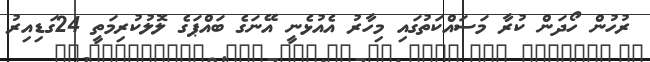
ރުހުން ހޯދަން ކުރާ މަސައްކަތުގައި މިހާރު އެއުޅެނީ އޭނަގެ ބައްޕަގެ ލޮލުކުރިމަތީ 24ގަޑިއިރު